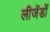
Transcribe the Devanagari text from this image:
लीजेंडों